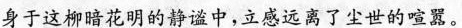
身于这柳暗花明的静谧中，立感远离了尘世的喧嚣。